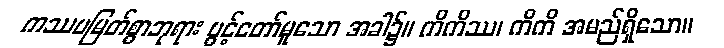
ကဿပမြတ်စွာဘုရား ပွင့်တော်မူသော အခါ၌။ ကိကိဿ၊ ကိကိ အမည်ရှိသော။